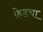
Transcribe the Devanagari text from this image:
फ्रेडचा